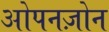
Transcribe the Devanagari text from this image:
ओपनज़ोन